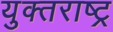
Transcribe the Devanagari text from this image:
युक्तराष्ट्र